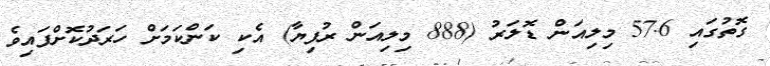
ގޮތުގައި 57.6 މިލިއަން ޑޮލަރު (888 މިލިއަން ރުފިޔާ) އެކި ކަންކަމަށް ހަރަދުކޮށްފައިވެ